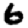
Digit: 6